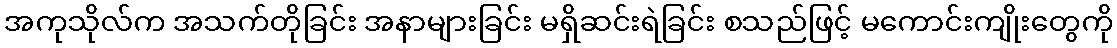
အကုသိုလ်က အသက်တိုခြင်း အနာများခြင်း မရှိဆင်းရဲခြင်း စသည်ဖြင့် မကောင်းကျိုးတွေကို